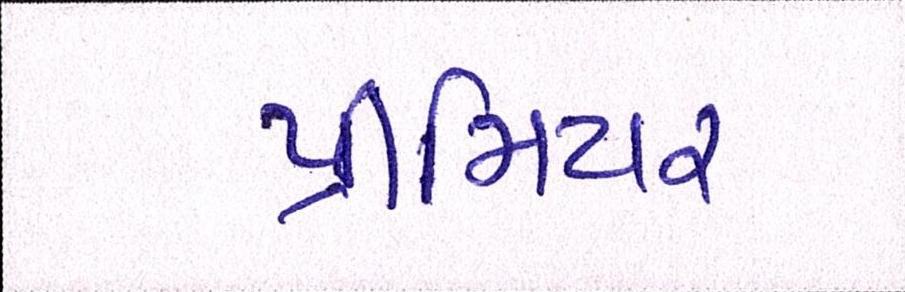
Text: પ્રીમિયર